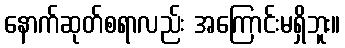
နောက်ဆုတ်စရာလည်း အကြောင်းမရှိဘူး။